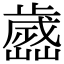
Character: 𣦭